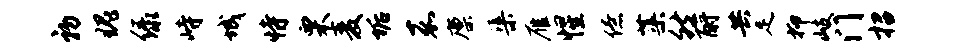
初瑰绿峙城恃栗麦垢嘉廪渠雁惺僚蕖然酹共足抑岐门招